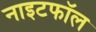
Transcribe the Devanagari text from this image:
नाइटफॉल